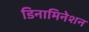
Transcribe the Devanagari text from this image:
डिनामिनेशन